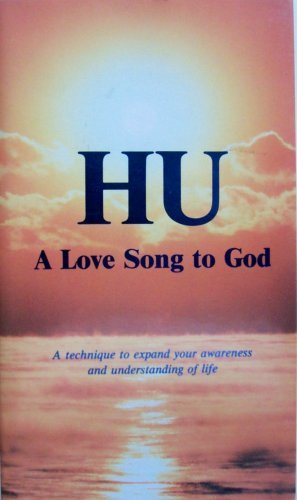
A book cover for HU: A Love Song to God; Sri Harold Klemp; Religion & Spirituality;